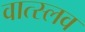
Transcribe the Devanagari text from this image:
वात्स्लव